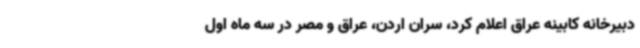
دبیرخانه کابینه عراق اعلام کرد، سران اردن، عراق و مصر در سه ماه اول